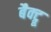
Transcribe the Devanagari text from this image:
बैक्ट्रू